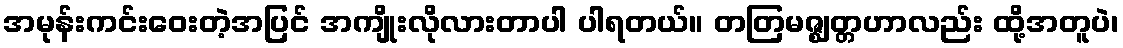
အမုန်းကင်းဝေးတဲ့အပြင် အကျိုးလိုလားတာပါ ပါရတယ်။ တတြမဇ္ဈတ္တဟာလည်း ထို့အတူပဲ၊